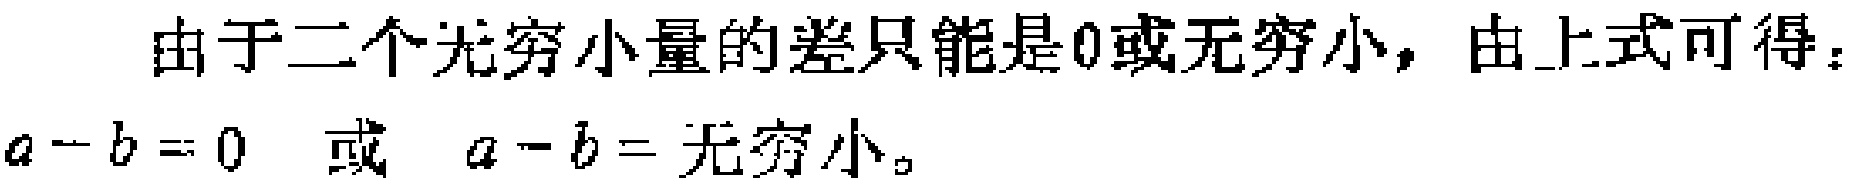
由于二个无穷小量的差只能是0或无穷小，由上式可得：

\(a - b = 0\) 或 \(a - b =\)无穷小。